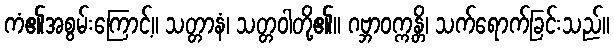
ကံ၏အစွမ်းကြောင့်။ သတ္တာနံ၊ သတ္တဝါတို့၏။ ဂဗ္ဘာဝက္ကန္တိ၊ သက်ရောက်ခြင်းသည်။